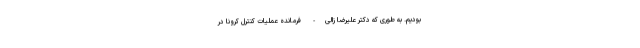
بودیم. به طوری که دکتر علیرضا زالی- فرمانده عملیات کنترل کرونا در